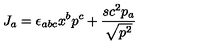
J _ { a } = \epsilon _ { a b c } x ^ { b } p ^ { c } + \frac { s c ^ { 2 } p _ { a } } { \sqrt { p ^ { 2 } } }